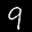
Label: 9